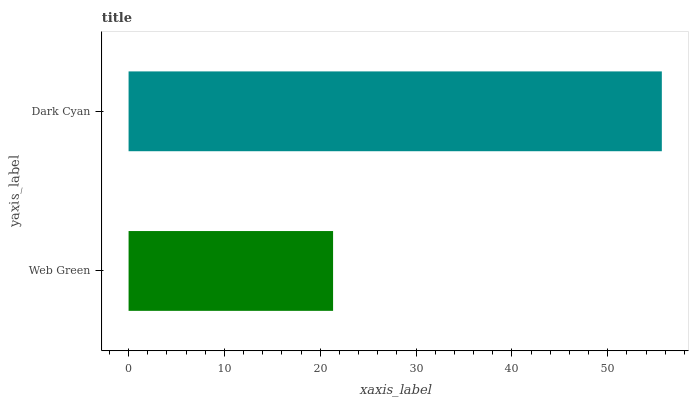
| yaxis_label | bars |
 | --- | --- |
 | Web Green | 21.3 |
 | Dark Cyan | 55.7 |